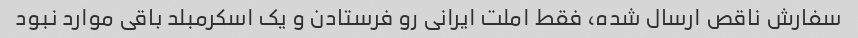
سفارش ناقص ارسال شده، فقط املت ایرانی رو فرستادن و یک اسکرمبلد باقی موارد نبود